Plague in India, 1896, 1897 - Volume 3
Year: 1896
Disease focus: Plague
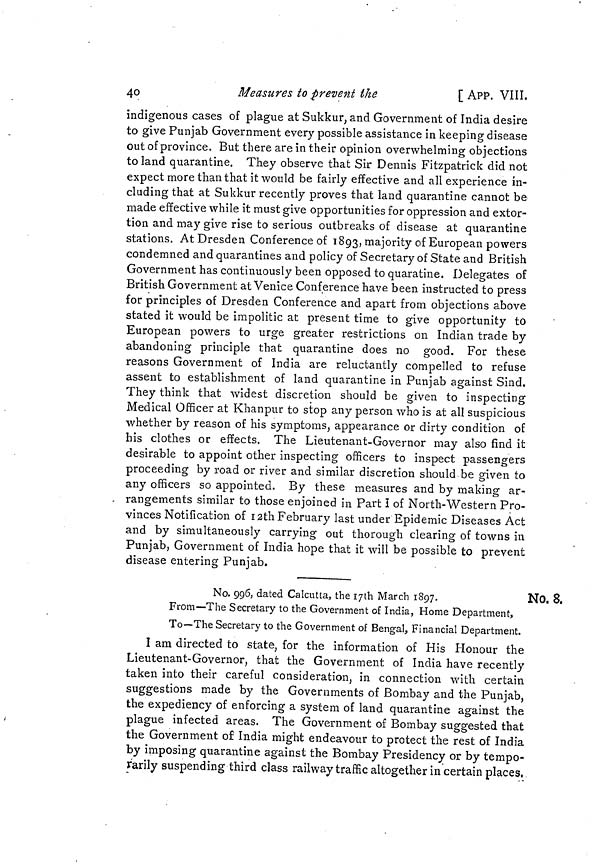
40
Measures to prevent the
[ APP. VIII.
indigenous cases of plague at Sukkur, and Government of India desire
to give Punjab Government every possible assistance in keeping disease
out of province. But there are in their opinion overwhelming objections
to land quarantine. They observe that Sir Dennis Fitzpatrick did not
expect more than that it would be fairly effective and all experience in-
cluding that at Sukkur recently proves that land quarantine cannot be
made effective while it must give opportunities for oppression and extor-
tion and may give rise to serious outbreaks of disease at quarantine
stations. At Dresden Conference of 1893, majority of European powers
condemned and quarantines and policy of Secretary of State and British
Government has continuously been opposed to quaratine. Delegates of
British Government at Venice Conference have been instructed to press
for principles of Dresden Conference and apart from objections above
stated it would be impolitic at present time to give opportunity to
European powers to urge greater restrictions on Indian trade by
abandoning principle that quarantine does no good. For these
reasons Government of India are reluctantly compelled to refuse
assent to establishment of land quarantine in Punjab against Sind.
They think that widest discretion should be given to inspecting
Medical Officer at Khanpur to stop any person who is at all suspicious
whether by reason of his symptoms, appearance or dirty condition of
his clothes or effects. The Lieutenant-Governor may also find it
desirable to appoint other inspecting officers to inspect passengers
proceeding by road or river and similar discretion should be given to
any officers so appointed. By these measures and by making ar-
- rangements similar to those enjoined in Part I of North-Western Pro-
vinces Notification of 12th February last under Epidemic Diseases Act
and by simultaneously carrying out thorough clearing of towns in
Punjab, Government of India hope that it will be possible to prevent
disease entering Punjab.
No. 8.
No. 996, dated Calcutta, the 17th March 1897.
From—The Secretary to the Government of India, Home Department,
To—The Secretary to the Government of Bengal, Financial Department.
I am directed to state, for the information of His Honour the
Lieutenant-Governor, that the Government of India have recently
taken into their careful consideration, in connection with certain
suggestions made by the Governments of Bombay and the Punjab,
the expediency of enforcing a system of land quarantine against the
plague infected areas. The Government of Bombay suggested that
the Government of India might endeavour to protect the rest of India
by imposing quarantine against the Bombay Presidency or by tempo-
rarily suspending third class railway traffic altogether in certain places,